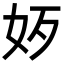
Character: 𡛃